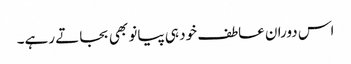
اس دوران عاطف خود ہی پیانو بھی بجاتے رہے۔